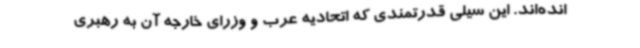
انده‌اند. این سیلی قدرتمندی که اتحادیه عرب و وزرای خارجه آن به رهبری